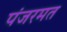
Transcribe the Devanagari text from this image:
पंजरमत